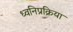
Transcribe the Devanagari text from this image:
ध्वनिप्रक्रिया